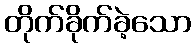
တိုက်ခိုက်ခဲ့သော